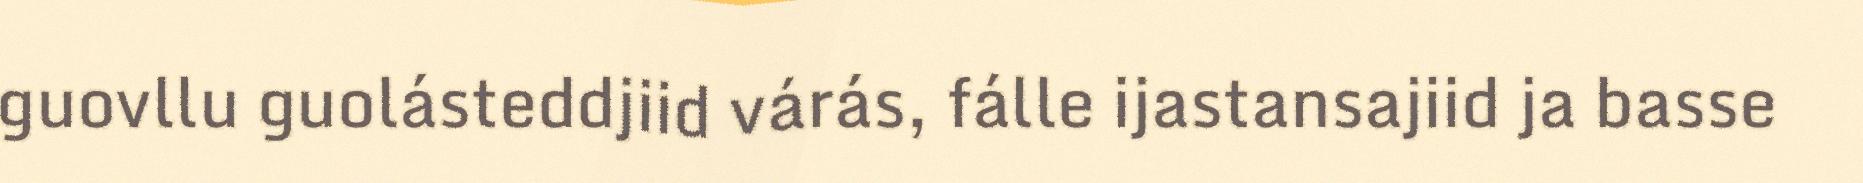
guovllu guolásteddjiid várás, fálle ijastansajiid ja basse